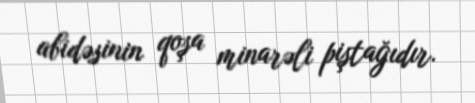
abidəsinin qoşa minarəli piştağıdır.